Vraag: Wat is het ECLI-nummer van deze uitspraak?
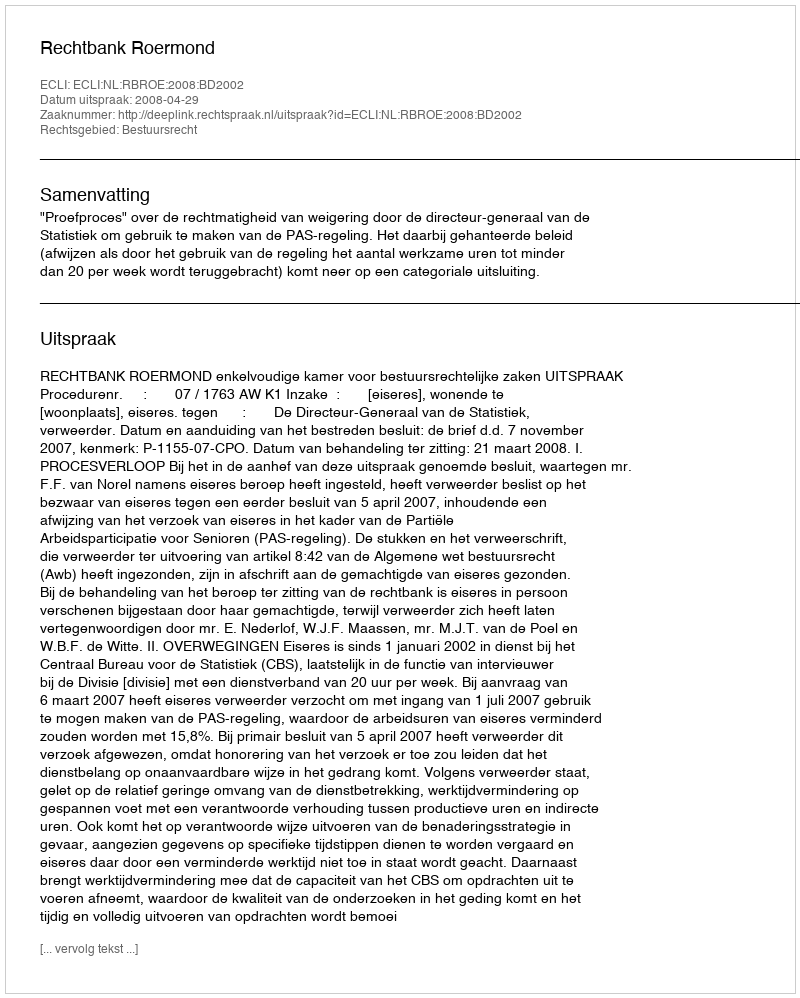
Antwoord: ECLI:NL:RBROE:2008:BD2002